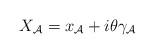
LaTeX: \begin{align*}X_{\cal A}=x_{\cal A}+i\theta\gamma_{\cal A}\end{align*}